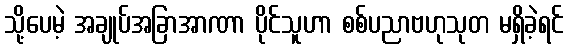
သို့ပေမဲ့ အချုပ်အခြာအာဏာ ပိုင်သူဟာ စစ်ပညာဗဟုသုတ မရှိခဲ့ရင်